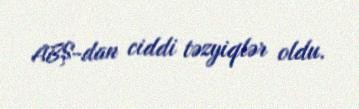
ABŞ-dan ciddi təzyiqlər oldu.